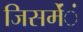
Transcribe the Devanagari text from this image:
जिसमेंंं